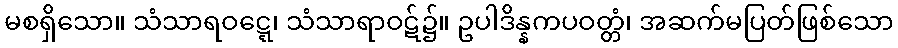
မစရှိသော။ သံသာရဝဋ္ဋေ၊ သံသာရာဝဋ်၌။ ဥပါဒိန္နကပဝတ္တံ၊ အဆက်မပြတ်ဖြစ်သော